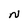
Character: N